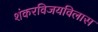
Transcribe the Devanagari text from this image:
शंकरविजयविलास